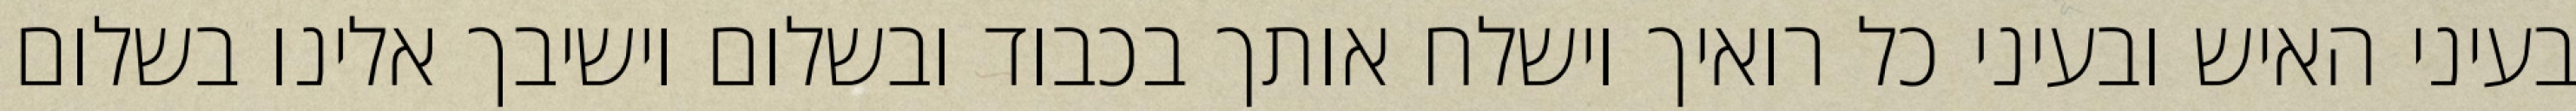
בעיני האיש ובעיני כל רואיך וישלח אותך בכבוד ובשלום וישיבך אלינו בשלום